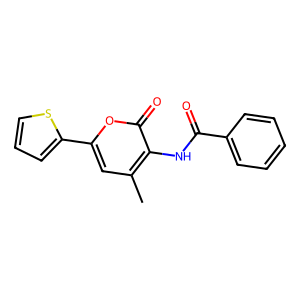
SMILES: Cc1cc(-c2cccs2)oc(=O)c1NC(=O)c1ccccc1
Inhibits HIV replication: No